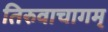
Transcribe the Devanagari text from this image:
तिरुवाचागम्‌